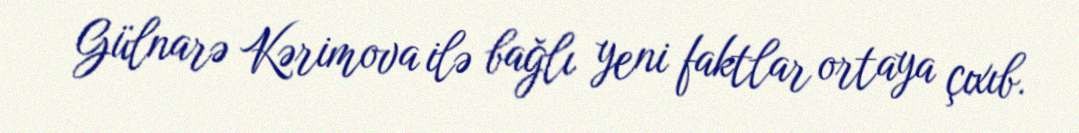
Gülnarə Kərimova ilə bağlı yeni faktlar ortaya çıxıb.